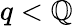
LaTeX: q<\mathbb{Q}